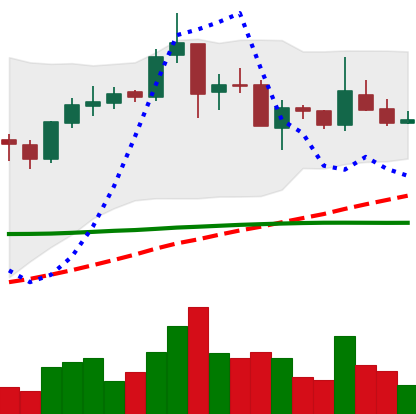
Ticker: TRX-USD
Chart end date: 2019-02-07
Forward return: -4.548%
Label: down_3_5